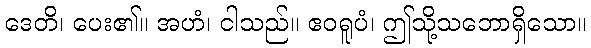
ဒေတိ၊ ပေး၏။ အဟံ၊ ငါသည်။ ဧဝရူပံ၊ ဤသို့သဘောရှိသော။